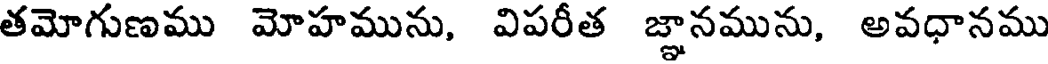
తమోగుణము మోహమును, విపరీత జ్ఞానమును, అవధానము